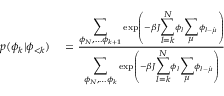
\begin{array} { r l } { p ( \phi _ { k } | \phi _ { < k } ) } & { { } = \frac { { \displaystyle \sum _ { \phi _ { N } , \dots \phi _ { k + 1 } } } \exp \left( - \beta J { \displaystyle \sum _ { l = k } ^ { N } } \phi _ { l } { \displaystyle \sum _ { \mu } } \phi _ { l - \hat { \mu } } \right) } { { \displaystyle \sum _ { \phi _ { N } , \dots \phi _ { k } } } \exp \left( - \beta J { \displaystyle \sum _ { l = k } ^ { N } } \phi _ { l } { \displaystyle \sum _ { \mu } } \phi _ { l - \hat { \mu } } \right) } } \end{array}